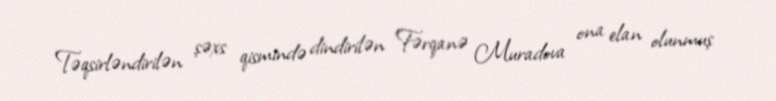
Təqsirləndirilən şəxs qismində dindirilən Fərqanə Muradova ona elan olunmuş